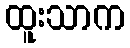
ထူးသာက